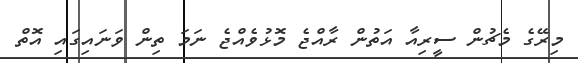
މިރޭގެ މެޗުން ސީރިއާ އަތުން ރާއްޖެ މޮޅުވެއްޖެ ނަމަ ތިން ވަނައިގައި އޮތް